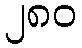
၂၈၀